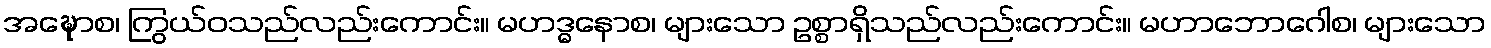
အဍ္ဎောစ၊ ကြွယ်ဝသည်လည်းကောင်း။ မဟဒ္ဓနောစ၊ များသော ဥစ္စာရှိသည်လည်းကောင်း။ မဟာဘောဂေါစ၊ များသော